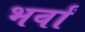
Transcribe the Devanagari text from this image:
भर्वां